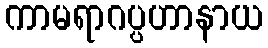
ကာမရာဂပ္ပဟာနာယ